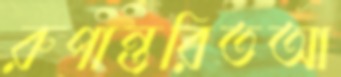
রুপান্তরিতআ